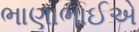
ભાણાભાઈએ